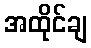
အထိုင်ချ